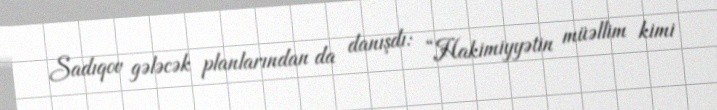
Sadıqov gələcək planlarından da danışdı: “Hakimiyyətin müəllim kimi